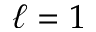
\ell = 1